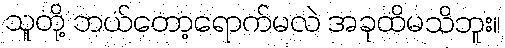
သူတို့ ဘယ်တော့ရောက်မလဲ အခုထိမသိဘူး။